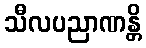
သီလပညာဏန္တိ